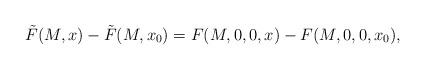
LaTeX: \begin{align*}\tilde F(M,x)-\tilde F(M,x_0)=F(M,0,0,x)-F(M,0,0,x_0),\end{align*}